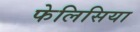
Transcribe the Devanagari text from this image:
फेलिसिया